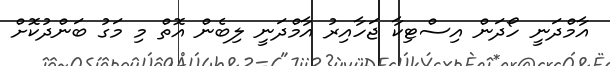
އާމްދަނީ ހޯދަން އިސްޓިކާ ޖަަހާއިރު އާމްދަނީ ލިބެން އޮތް މި މަގު ބަންދުކޮށް